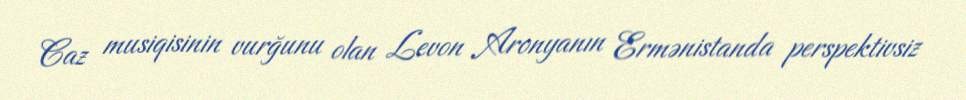
Caz musiqisinin vurğunu olan Levon Aronyanın Ermənistanda perspektivsiz